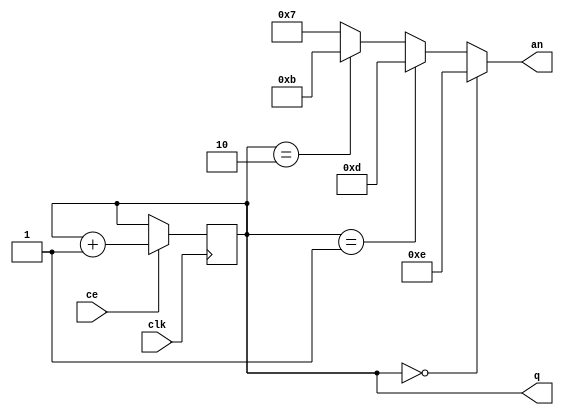
`timescale 1ns / 1ps
//////////////////////////////////////////////////////////////////////////////////
// Company: 
// Engineer: 
// 
// Design Name: 
// Module Name:    Gen4an 
// Project Name: 
// Target Devices: 
// Tool versions: 
// Description: 
//
// Dependencies: 
//
// Revision: 
// Revision 0.01 - File Created
// Additional Comments: 
//
//////////////////////////////////////////////////////////////////////////////////
module Gen4an(
    input clk,
    input ce,
    output reg [1:0] q = 0,
    output wire [3:0] an
    );
assign an = (q == 0)?4'b1110:
				(q == 1)?4'b1101:
				(q == 2)?4'b1011:
							4'b0111;
always @ (posedge clk) if (ce) begin
q <= q + 1;
end
endmodule